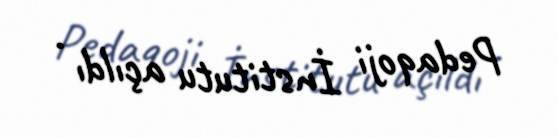
Pedaqoji İnstitutu açıldı .